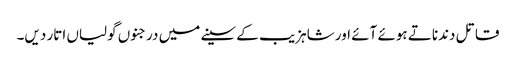
قاتل دندناتے ہوئے آئے اور شاہزیب کے سینے میں درجنوں گولیاں اتار دیں۔